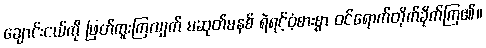
ချောင်းငယ်ကို ဖြတ်ကူးကြလျက် မဆုတ်မနစ် ရဲရင့်ဝံ့စားစွာ ဝင်ရောက်တိုက်ခိုက်ကြ၏။